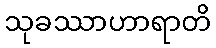
သုခဿာဟာရာတိ